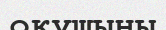
оқушыны